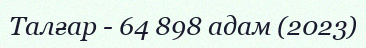
Талғар - 64 898 адам (2023)